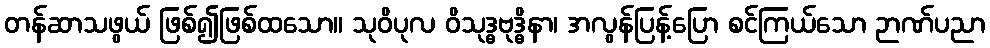
တန်ဆာသဖွယ် ဖြစ်၍ဖြစ်ထသော။ သုဝိပုလ ဝိသုဒ္ဓဗုဒ္ဓိနာ၊ အလွန်ပြန့်ပြော စင်ကြယ်သော ဉာဏ်ပညာ